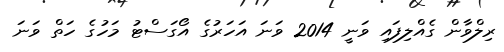
ރިލްވާން ގެއްލިފައި ވަނީ 2014 ވަނަ އަހަރުގެ އޯގަސްޓު މަހުގެ ހަތް ވަނަ